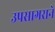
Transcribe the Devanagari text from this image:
उपसागराने